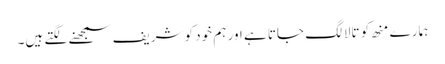
ہمارے منھ کو تالا لگ جاتا ہے اور ہم خود کو شریف سمجھنے لگتے ہیں۔